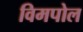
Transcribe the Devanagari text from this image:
विमपोल